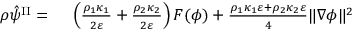
\begin{array} { r l } { \rho \hat { \psi } ^ { \mathrm { I I } } = } & { { } ~ \left( \frac { \rho _ { 1 } \kappa _ { 1 } } { 2 \varepsilon } + \frac { \rho _ { 2 } \kappa _ { 2 } } { 2 \varepsilon } \right) F ( \phi ) + \frac { \rho _ { 1 } \kappa _ { 1 } \varepsilon + \rho _ { 2 } \kappa _ { 2 } \varepsilon } { 4 } \| \nabla \phi \| ^ { 2 } } \end{array}